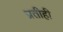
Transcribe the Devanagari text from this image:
प्रतीही